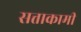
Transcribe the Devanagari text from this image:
सत्ताकामी